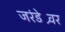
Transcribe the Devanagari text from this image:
जरंडेश्र्वर